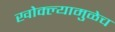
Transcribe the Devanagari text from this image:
खोक्ल्यामुळेच